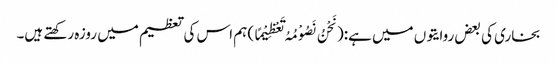
بخاری کی بعض روایتوں میں ہے:(نَحْنُ نَصُوْمُہُ تَعْظِیْمًا) ہم اس کی تعظیم میں روزہ رکھتے ہیں۔